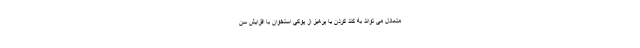
متعادل می تواند به کند کردن یا پرهیز از پوکی استخوان با افزایش سن